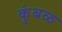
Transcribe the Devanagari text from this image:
कुंबळ